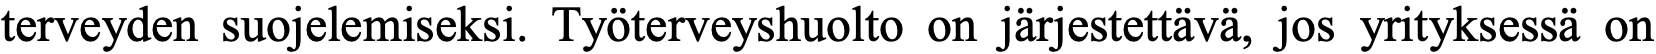
terveyden suojelemiseksi. Työterveyshuolto on järjestettävä, jos yrityksessä on